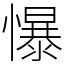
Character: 懪